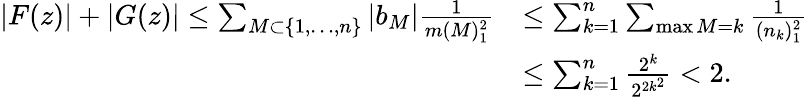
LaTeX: \begin{array}{rl}{|F(z)|+|G(z)|\leq\sum_{M\subset\{ 1,\ldots,n\} }|b_{M}|\frac{1}{m(M)_{1}^{2}}}&{\leq\sum_{k=1}^{n}\sum_{\operatorname*{max}M=k}\frac{1}{(n_{k})_{1}^{2}}}\\ &{\leq\sum_{k=1}^{n}\frac{2^{k}}{2^{2k^{2}}}<2.}\end{array}